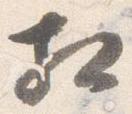
相